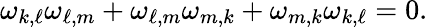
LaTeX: \omega_{k,\ell}\omega_{\ell,m}+\omega_{\ell,m}\omega_{m,k}+\omega_{m,k}\omega_{k,\ell}=0.